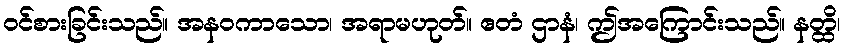
ဝင်စားခြင်းသည်။ အနဝကာသော၊ အရာမဟုတ်။ ဧတံ ဌာနံ၊ ဤအကြောင်းသည်။ နတ္ထိ၊